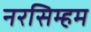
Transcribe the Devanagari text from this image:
नरसिम्हम